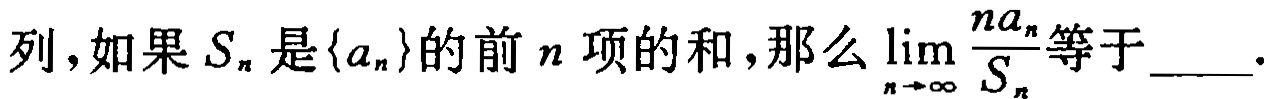
列，如果\(S_{n}\)是\(\{a_{n}\}\)的前\(n\)项的和，那么\(\lim\limits_{n\rightarrow\infty}\dfrac{na_{n}}{S_{n}}\)等于  ．